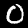
Digit: 0